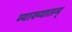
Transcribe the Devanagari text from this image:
व्याख्यातम्